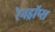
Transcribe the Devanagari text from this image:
रेनड्रॉप्स